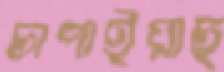
চাপাইয়াছ